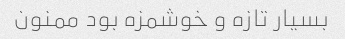
بسیار تازه و خوشمزه بود ممنون